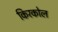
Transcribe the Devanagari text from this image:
किरकोल